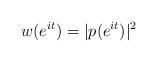
LaTeX: \begin{align*}w(e^{it})=|p(e^{it})|^2\end{align*}